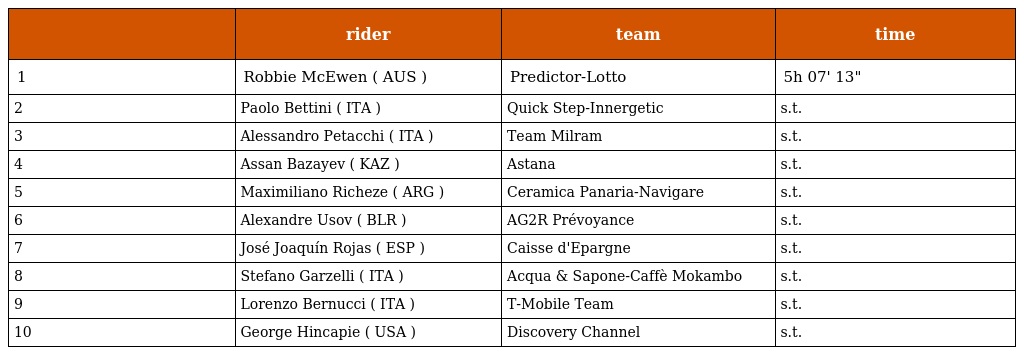
|  | rider | team | time |
 | --- | --- | --- | --- |
 | 1 | Robbie McEwen ( AUS ) | Predictor-Lotto | 5h 07' 13" |
 | 2 | Paolo Bettini ( ITA ) | Quick Step-Innergetic | s.t. |
 | 3 | Alessandro Petacchi ( ITA ) | Team Milram | s.t. |
 | 4 | Assan Bazayev ( KAZ ) | Astana | s.t. |
 | 5 | Maximiliano Richeze ( ARG ) | Ceramica Panaria-Navigare | s.t. |
 | 6 | Alexandre Usov ( BLR ) | AG2R Prévoyance | s.t. |
 | 7 | José Joaquín Rojas ( ESP ) | Caisse d'Epargne | s.t. |
 | 8 | Stefano Garzelli ( ITA ) | Acqua & Sapone-Caffè Mokambo | s.t. |
 | 9 | Lorenzo Bernucci ( ITA ) | T-Mobile Team | s.t. |
 | 10 | George Hincapie ( USA ) | Discovery Channel | s.t. |